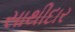
સાથીદાર